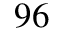
9 6